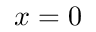
x = 0